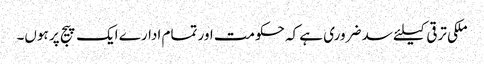
ملکی ترقی کیلئے سد ضروری ہے کہ حکومت اور تمام ادارے ایک پیج پر ہوں۔